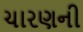
ચારણની